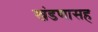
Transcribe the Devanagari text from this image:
खंडणासह